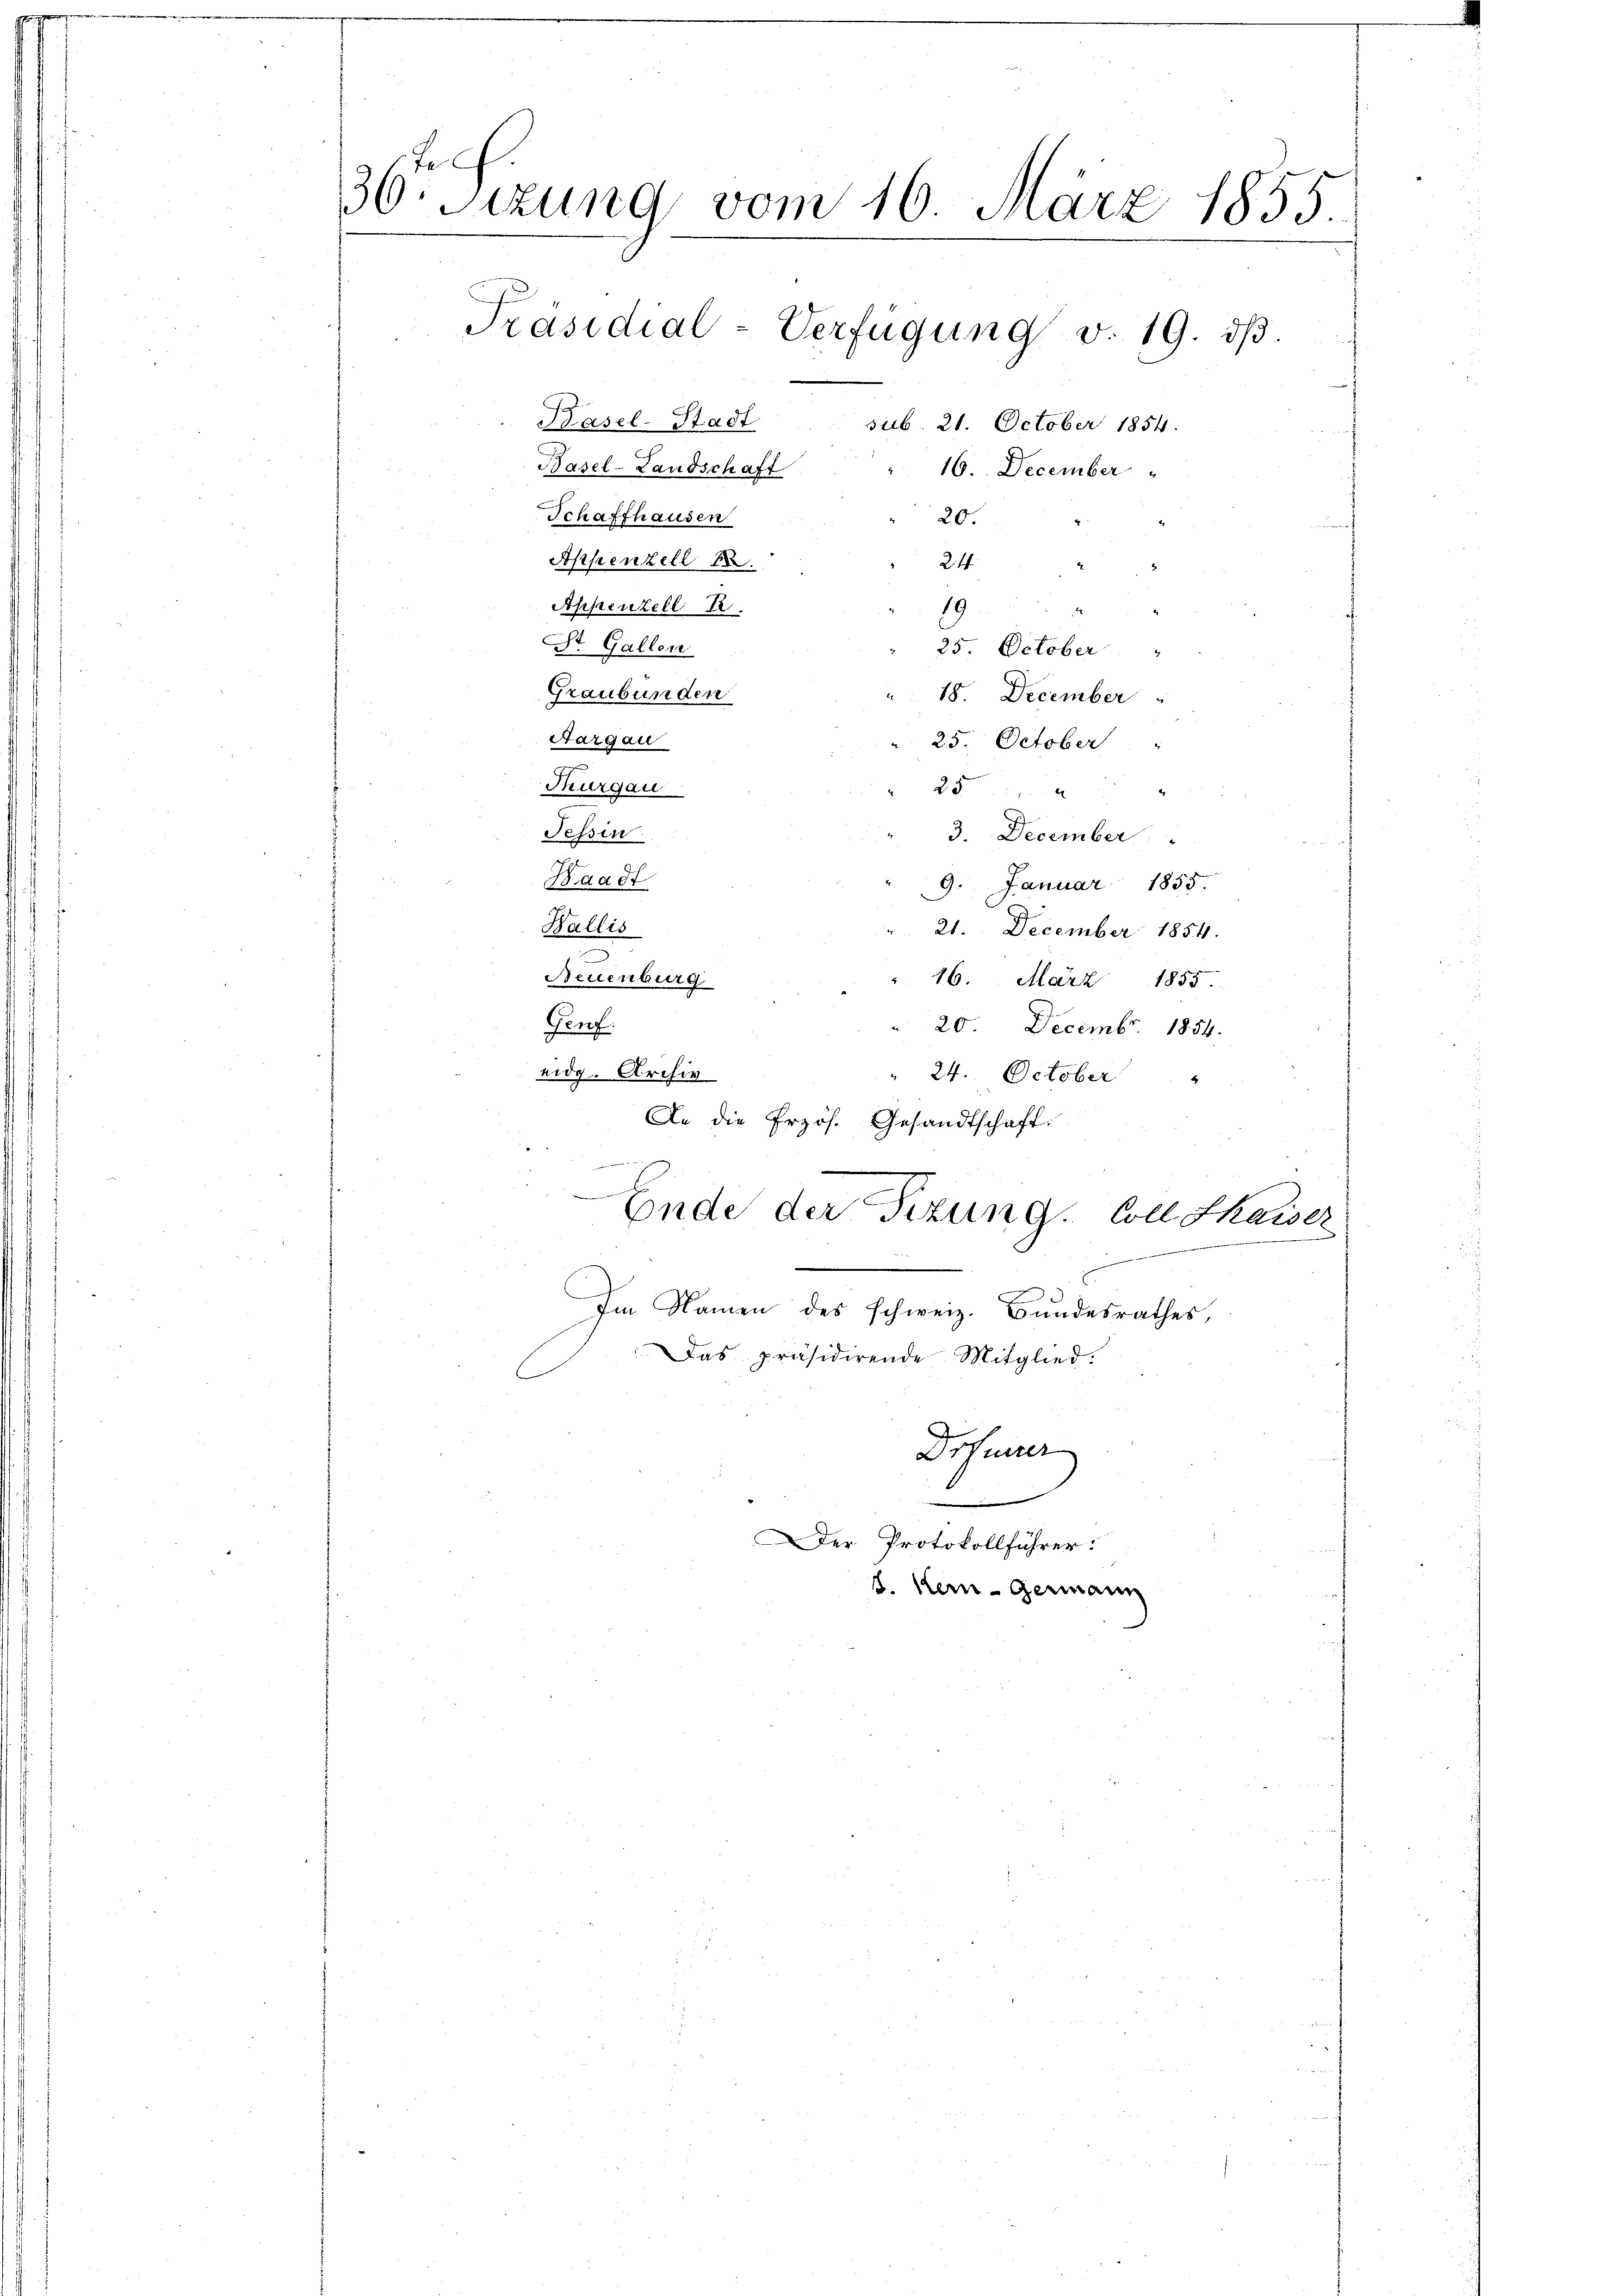
36 Sizung vom 16. März 1855.
Präsidial-Verfügung v. 19. dβ.
Kasel-Stadt
sub. 21. October 1854.
Basel-Landschaft
16. December
Schaffhausen
20.
Appenzell 18
24
n
2
Appenzell Fr.
19
St. Gallen
25. October
Graubünden
18. December
Aargau
25. October
Thurgau
25
Tessin
3. December

Waadt
9. Januar 1855.
Wallis
21. December 1854.
Neuenburg
16. März 1855
Genf.
20. Decembr. 1854.
eidg. Archiv
24. October
An die Erzös. Gesandtschaft.

Im Namen des schweiz. Bundesrathes,
Das präsidirende Mitglied.
C
Drfunder
Der Protokollführer.
S. kein - Germann

Ende der Fizung. Coll Skaiser
r